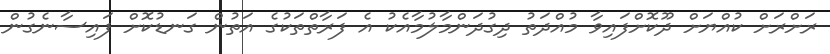
ރަށްރަށް ކުއްޔަށް ދޫކޮށްފައިވާ މުއްދަތު ދިގުދަންމާލުމާއެކު އެ ފަރާތްތަކުގެ އަތުން ގަނޑުކޮށް ފައިސާނެގުން